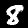
Digit: 8